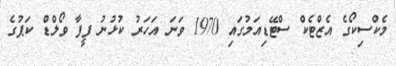
މެކްސިކޯގެ އެޒްޓެކް ސްޓޭޑިއަމުގައި 1970 ވަނަ އަހަރު ކުޅުނު ފީފާ ވޯލްޑް ކަޕުގެ